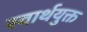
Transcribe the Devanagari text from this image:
स्वार्थयुक्त